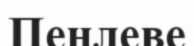
Пенлеве